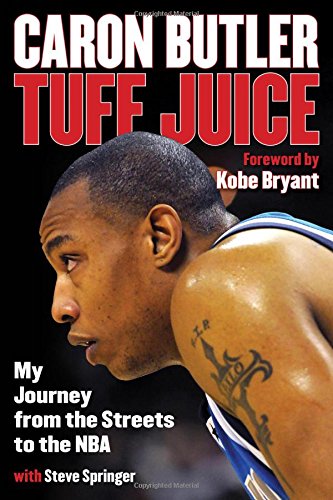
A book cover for Tuff Juice: My Journey from the Streets to the NBA; Caron Butler; Biographies & Memoirs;